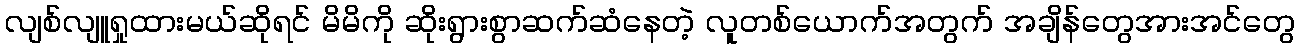
လျစ်လျူရှုထားမယ်ဆိုရင် မိမိကို ဆိုးရွားစွာဆက်ဆံနေတဲ့ လူတစ်ယောက်အတွက် အချိန်တွေအားအင်တွေ